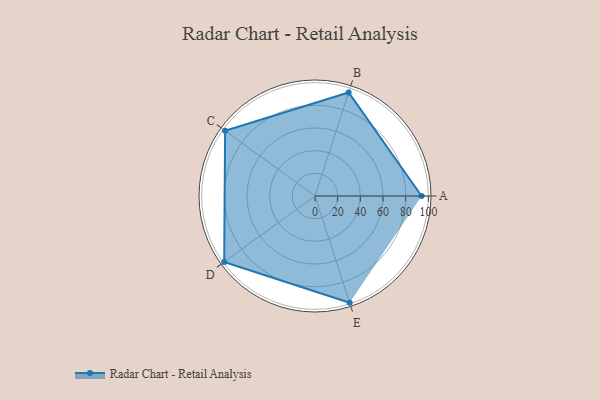
{"axis": {"x": "Skill", "y": "Score"}, "legend": ["Profile"], "data": [{"x": "A", "y": 94.0, "type": "Profile"}, {"x": "B", "y": 96.0, "type": "Profile"}, {"x": "C", "y": 98.0, "type": "Profile"}, {"x": "D", "y": 99, "type": "Profile"}, {"x": "E", "y": 99, "type": "Profile"}]}